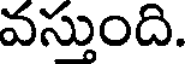
వస్తుంది.